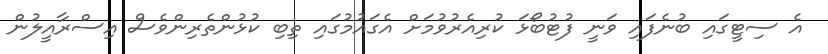
އެ ސިޓީގައި ބުނެފައި ވަނީ ފުޓުބޯޅަ ކުރިއެރުވުމަށް އެގައުމުގައި ތިބި ކުޅުންތެރިންވެސް އިސްރާއީލުން